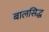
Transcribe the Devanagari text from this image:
बालसिद्ध